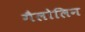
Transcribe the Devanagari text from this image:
गैलोलिन